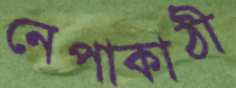
নেপাকাঠী